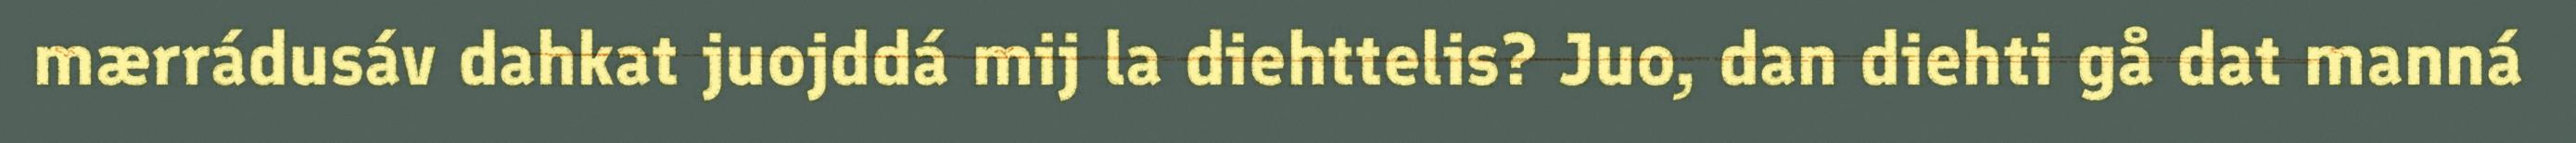
mærrádusáv dahkat juojddá mij la diehttelis? Juo, dan diehti gå dat manná